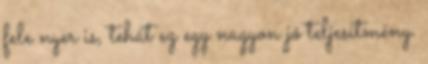
fele nyer is, tehát ez egy nagyon jó teljesítmény.